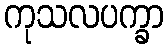
ကုသလပက္ခာ